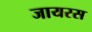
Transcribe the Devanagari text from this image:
जायरस